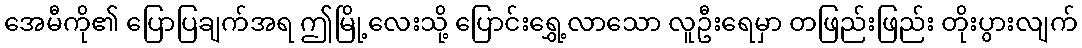
အေမီကို၏ ပြောပြချက်အရ ဤမြို့လေးသို့ ပြောင်းရွှေ့လာသော လူဦးရေမှာ တဖြည်းဖြည်း တိုးပွားလျက်